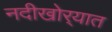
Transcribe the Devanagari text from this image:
नदीखोर्‍यात